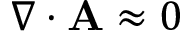
\nabla \cdot \mathbf { A } \approx 0